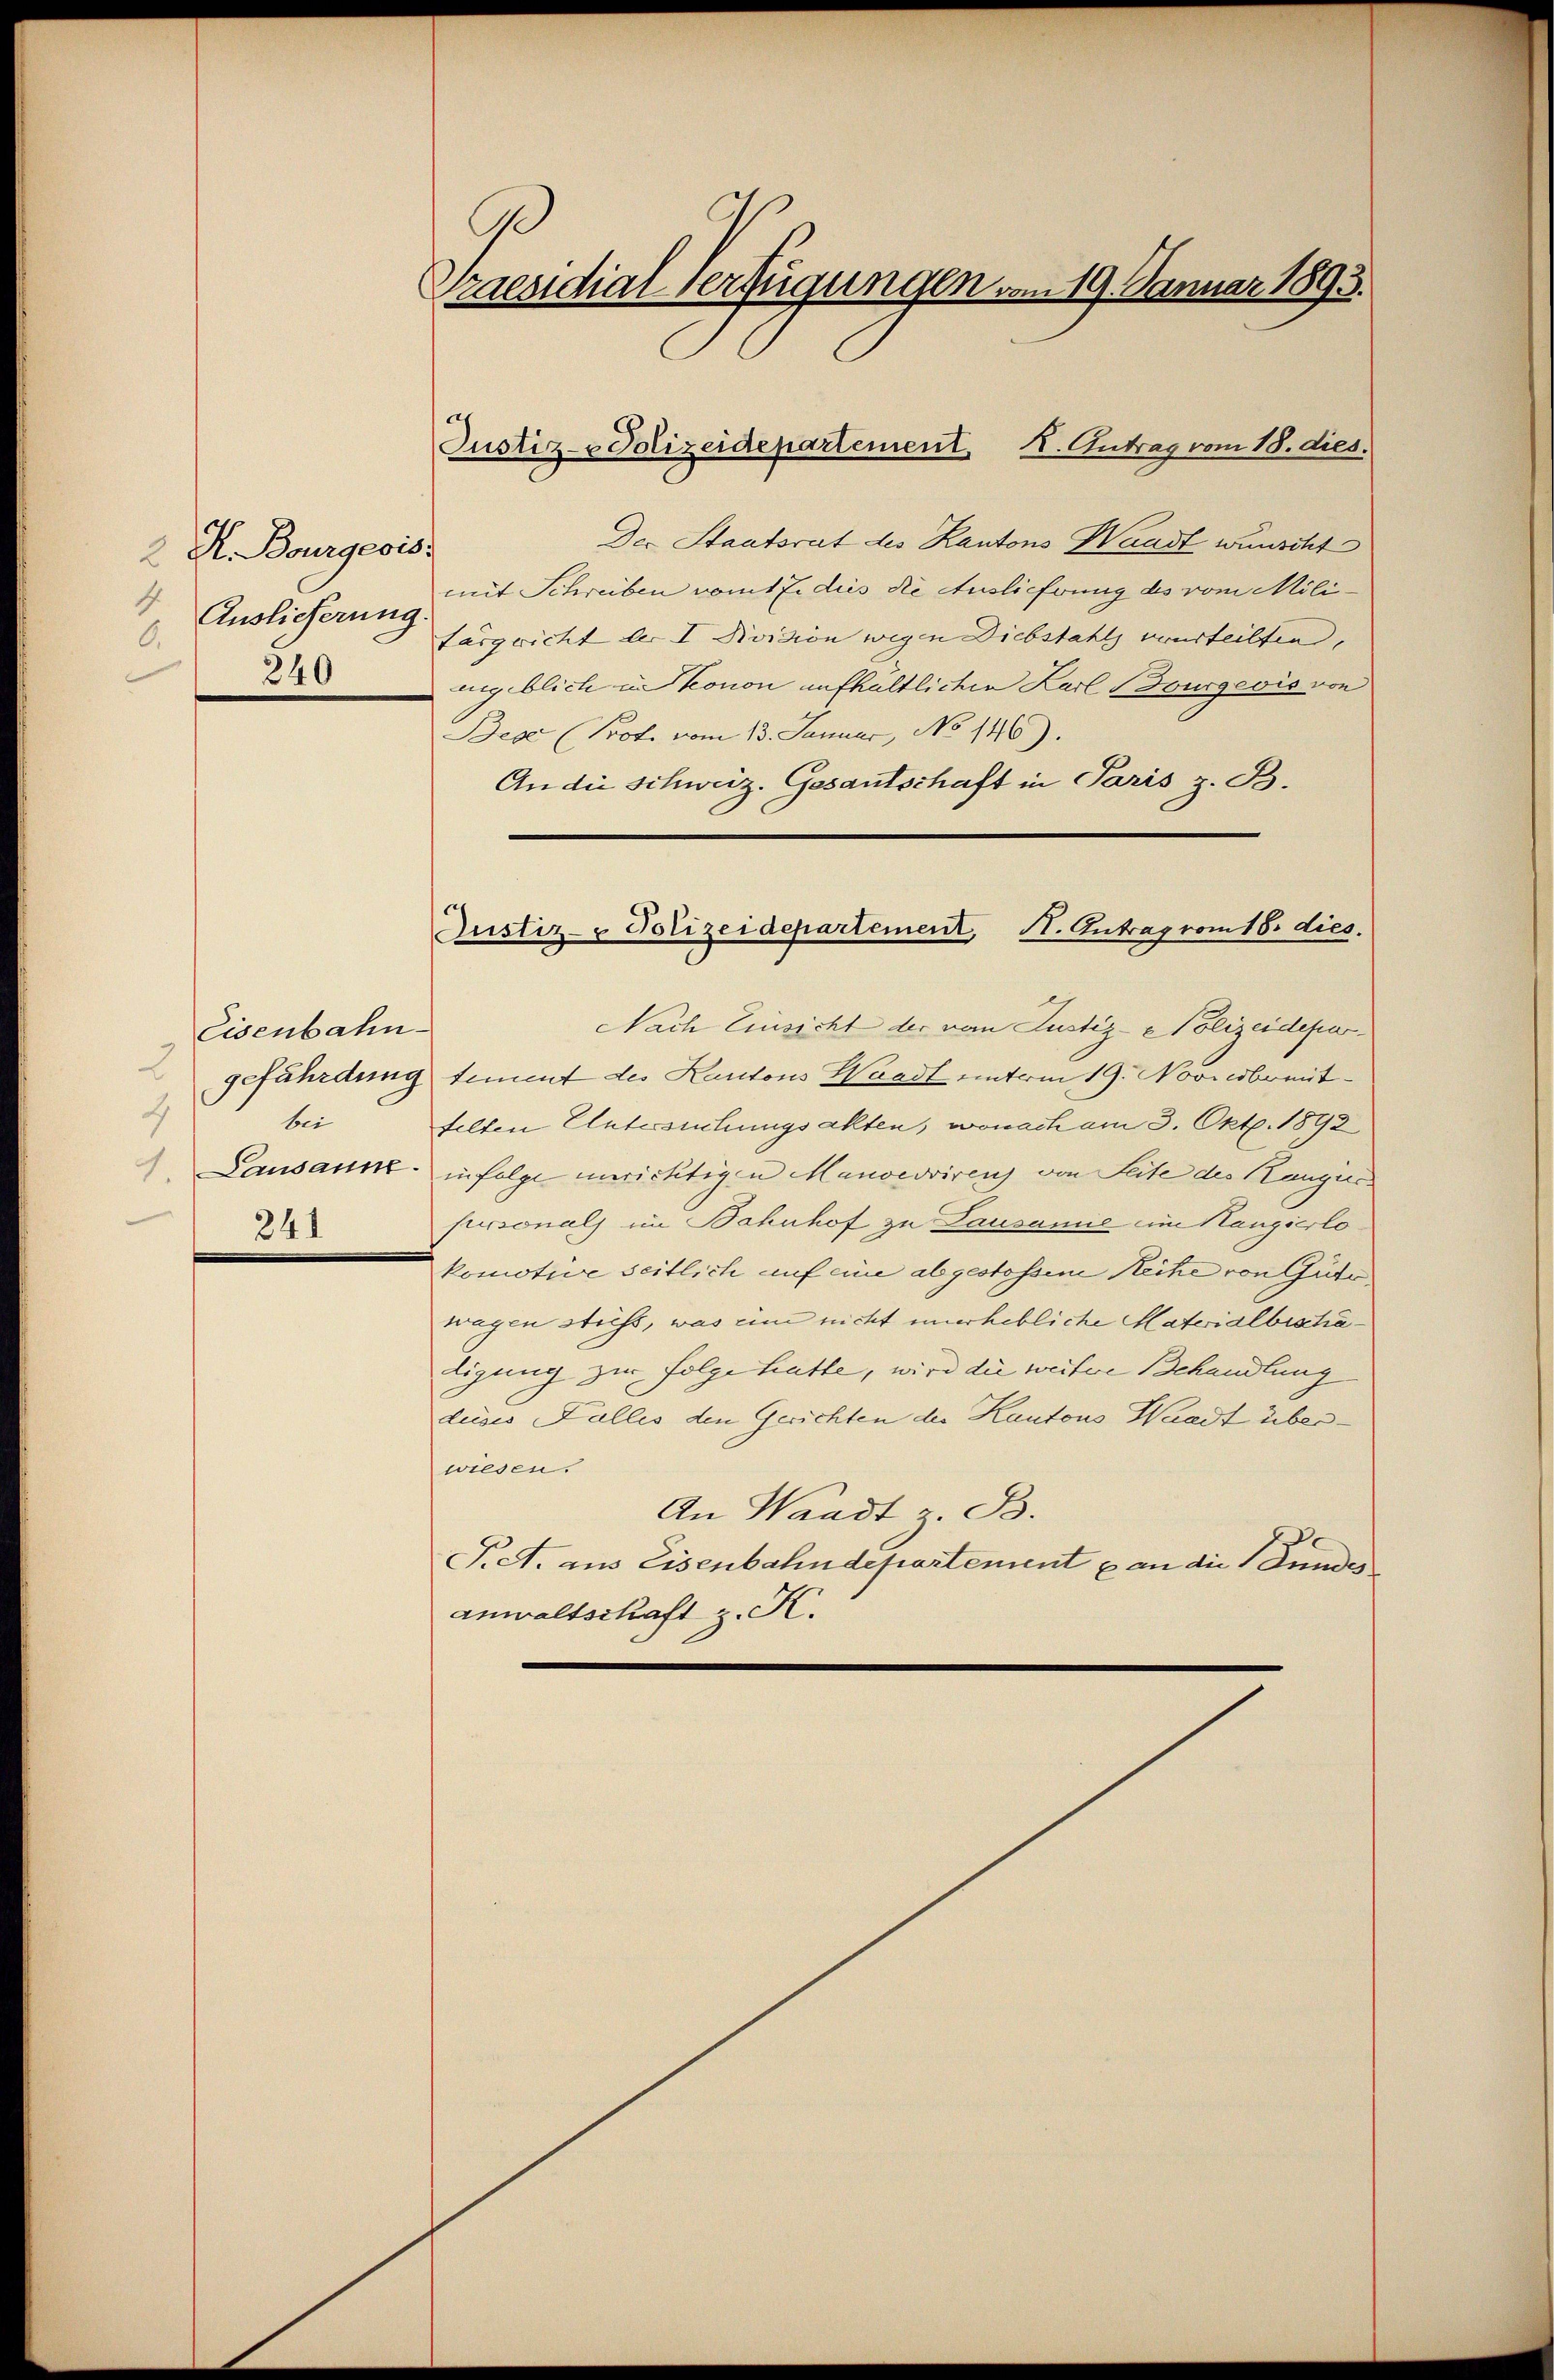
2 R. Bourgeois
4 Auslieferung.
.
240

Eisenbahn
3
4
bei
1.
241

I
Praesidial-Verfügungen vom 19. Januar 1893.

Der Staatsrat des Kantons Waadt wünscht
mit Schreiben vom Eidiis die Auslieferung des vom Militärgericht der I Division wegen Diebstahls verurteilten,
ngeblich u. Thonon aufhaltlichen Karl Bourgeois von
Bece (Prot. vom 13. Januar, No 146).
An die Schweiz. Gesantschaft in Paris z. B.

Justiz- Polizeidepartement. I. Antrag vom 18. dies.

Nach Einsicht der vom Justiz- & Polizeidepargefährdung tement des Kantons Waadt unterm 19. Novicbemitfelten Untersuchungsakten, wonach am 3. Okt. 1892
Lausann infolge unrichtigen Manoervirenz von Seite des Ranges.
personals im Bahnhof zu Lausanić im Hangierlo
komotive seitlich auf eine abgestossene Reihe von Güte
wagen stiess, was eine nicht unerhebliche Materialbeschätigung zur Folge hatte, wird die weitere Behandlung
dises Falles den Gerichten der Kantons Waadt überwiesen.
An Waadt z. B.
Piet. aus Eisenbahndepartement & an die Lundes
anwaltschaft z. K.

Justiz- & Polizeidepartement, N. Antrag vom 18. dies.